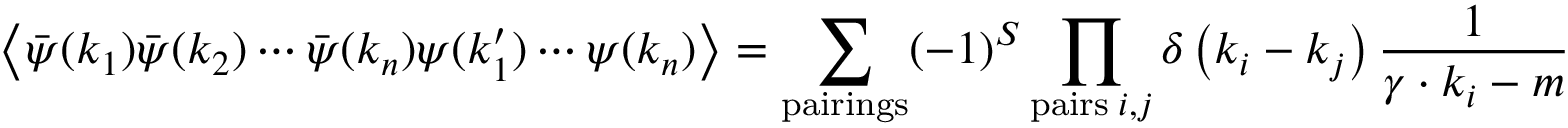
\left\langle { \bar { \psi } } ( k _ { 1 } ) { \bar { \psi } } ( k _ { 2 } ) \cdots { \bar { \psi } } ( k _ { n } ) \psi ( k _ { 1 } ^ { \prime } ) \cdots \psi ( k _ { n } ) \right\rangle = \sum _ { \mathrm { p a i r i n g s } } ( - 1 ) ^ { S } \prod _ { \mathrm { p a i r s } \; i , j } \delta \left( k _ { i } - k _ { j } \right) { \frac { 1 } { \gamma \cdot k _ { i } - m } }